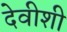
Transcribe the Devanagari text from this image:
देवीशी